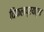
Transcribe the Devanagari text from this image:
विफलप्रयत्न